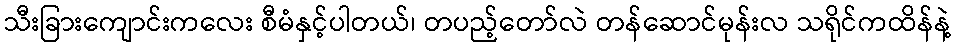
သီးခြားကျောင်းကလေး စီမံနှင့်ပါတယ်၊ တပည့်တော်လဲ တန်ဆောင်မုန်းလ သရိုင်ကထိန်နဲ့